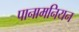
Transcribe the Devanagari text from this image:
पानामनियन